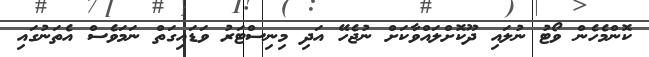
ކޮންމެހެން ވޯޓު ނުލައި ދޫކޮށްލައްވާކަށް ނުޖެހޭ އަދި މިނިސްޓަރު ވަޑައިގަތް ނަމަވެސް އެތަނުގައި